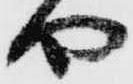
や